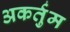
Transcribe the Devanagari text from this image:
अकर्तुम